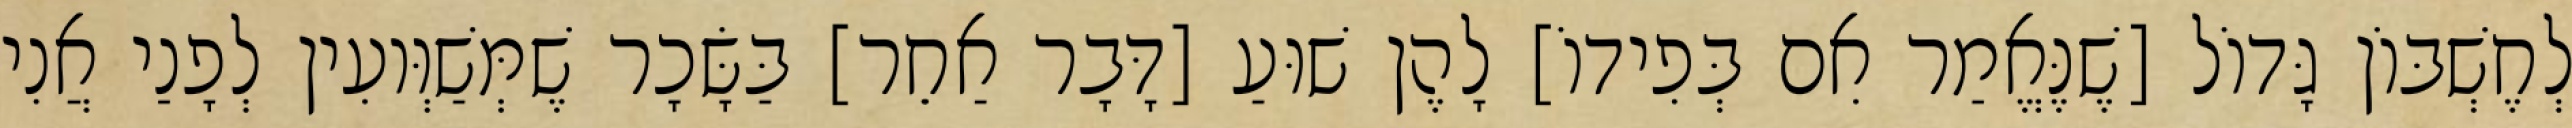
לְחֶשְׁבּוֹן גָּדוֹל [שֶׁנֶּאֱמַר אִם בְּפִידוֹ] לָהֶן שׁוּעַ [דָּבָר אַחֵר] בַּשָּׂכָר שֶׁמְּשַׁוְּועִין לְפָנַי אֲנִי